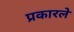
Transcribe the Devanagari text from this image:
प्रकारले